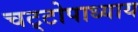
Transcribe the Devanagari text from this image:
चट्‌टोपाध्याय